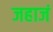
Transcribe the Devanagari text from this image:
जहाजं